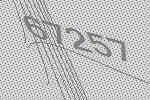
67257